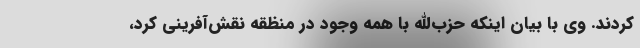
کردند. وی با بیان اینکه حزب‌الله با همه وجود در منظقه نقش‌آفرینی کرد،